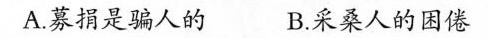
A.募捐是骗人的B.采桑人的困倦